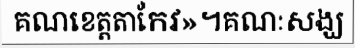
គណខេត្តតាកែវ»។គណៈសង្ឃ